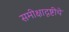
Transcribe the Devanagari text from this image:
समीक्षादृष्टीचे